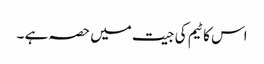
اس کا ٹیم کی جیت میں حصہ ہے ۔